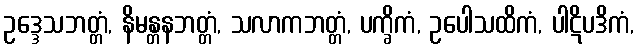
ဥဒ္ဒေသဘတ္တံ, နိမန္တနဘတ္တံ, သလာကဘတ္တံ, ပက္ခိကံ, ဥပေါသထိကံ, ပါဋိပဒိကံ,